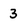
Character: 3